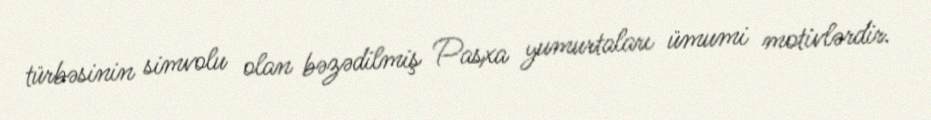
türbəsinin simvolu olan bəzədilmiş Pasxa yumurtaları ümumi motivlərdir.